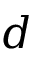
d